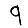
Digit: 9